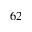
_ { 6 2 }